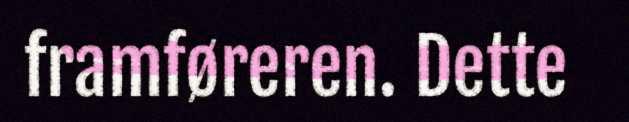
framføreren. Dette